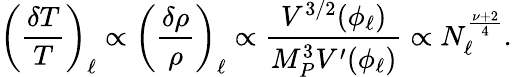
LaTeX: \left(\frac{\delta T}{T}\right)_{\ell}\propto\left(\frac{\delta\rho}{\rho}\right)_{\ell}\propto\frac{V^{3/2}(\phi_{\ell})}{M_{P}^{3}V^{\prime}(\phi_{\ell})}\propto N_{\ell}^{\frac{\nu+2}{4}}.